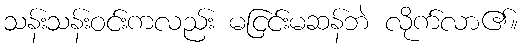
သန်းသန်းဝင်းကလည်း မငြင်းမဆန်ဘဲ လိုက်လာ၏။